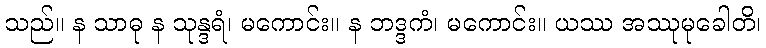
သည်။ န သာဓု န သုန္ဒရံ၊ မကောင်း။ န ဘဒ္ဒကံ၊ မကောင်း။ ယဿ အဿုမုခေါတိ၊